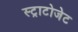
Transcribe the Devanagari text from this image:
स्ट्राटोजेट